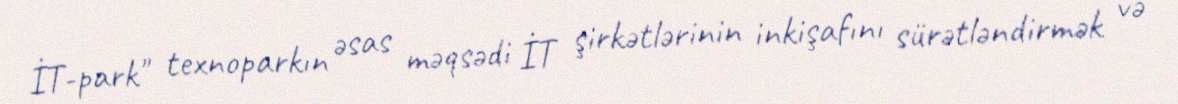
İT-park" texnoparkın əsas məqsədi İT şirkətlərinin inkişafını sürətləndirmək və